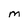
Character: M